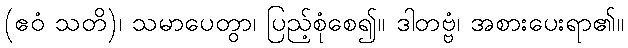
(ဧဝံ သတိ)၊ သမာပေတွာ၊ ပြည့်စုံစေ၍။ ဒါတဗ္ဗံ၊ အစားပေးရာ၏။